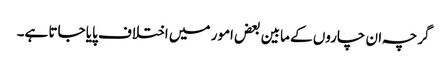
گرچہ ان چاروں کے مابین بعض امور میں اختلاف پایا جاتا ہے۔